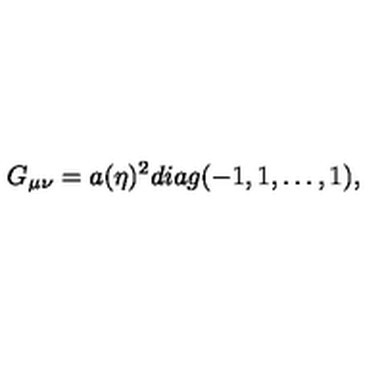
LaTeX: G _ { \mu \nu } = a ( \eta ) ^ { 2 } d i a g ( - 1 , 1 , \dots , 1 ) ,